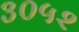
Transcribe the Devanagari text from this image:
३०५२